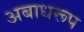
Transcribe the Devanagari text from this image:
अबाधरूप